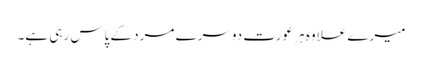
میرے علاوہ ہر عورت دوسرے مرد کے پاس رہی ہے۔